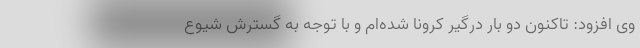
وی افزود: تاکنون دو بار درگیر کرونا شده‌ام و با توجه به گسترش شیوع